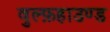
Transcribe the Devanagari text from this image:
वुल्फ़हाउण्ड